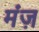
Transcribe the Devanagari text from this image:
मंज़